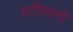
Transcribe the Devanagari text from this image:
स्टीफ़ानी